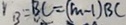
B = B C = ( m - 1 ) B C